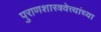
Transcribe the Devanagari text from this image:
पुराणशास्त्रवेत्त्यांच्या